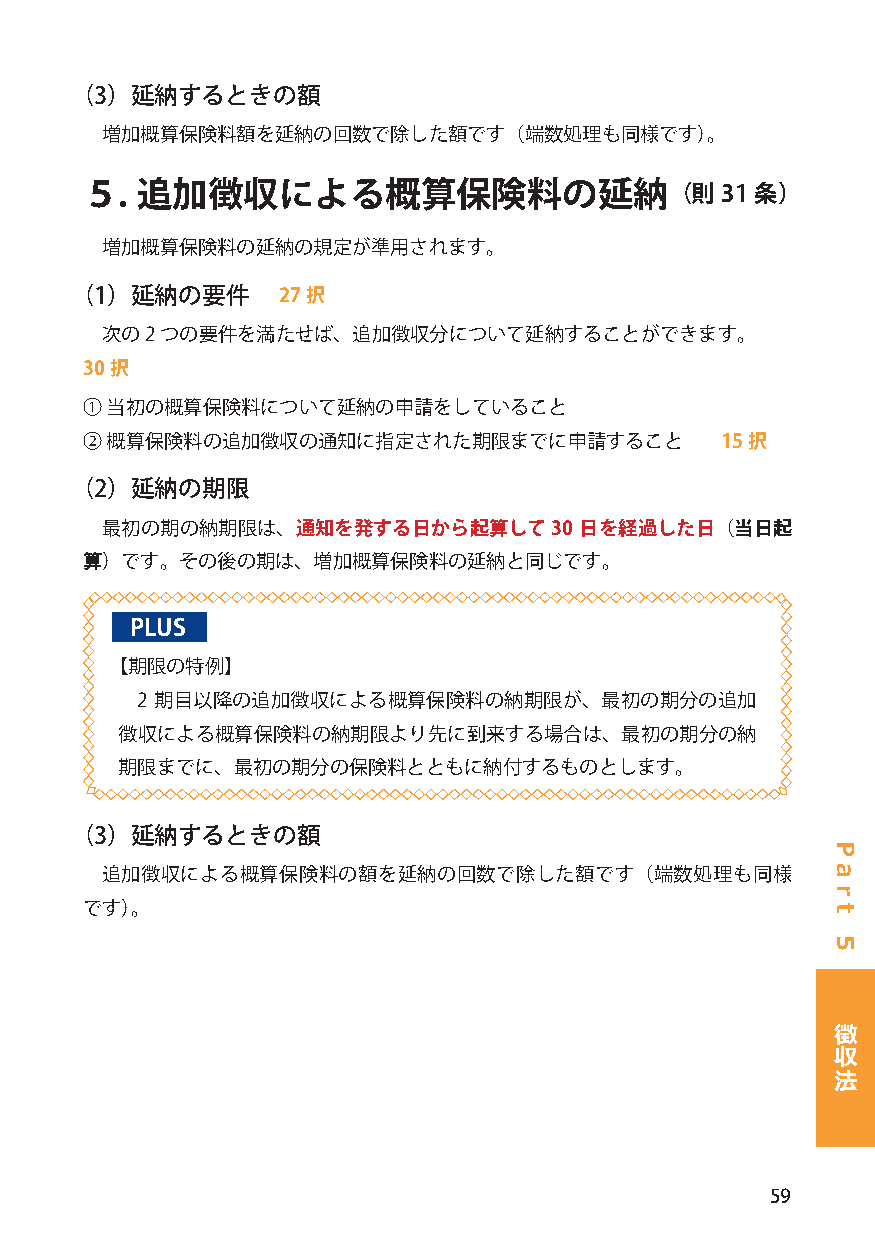
（3）延納するときの額
 増加概算保険料額を延納の回数で除した額です（端数処理も同様です）。
 ５.  追加徴収による概算保険料の延納（則31                      条）
 増加概算保険料の延納の規定が準用されます。
 （1）延納の要件     27択
 次の2 つの要件を満たせば、追加徴収分について延納することができます。
 30択
 ① 当初の概算保険料について延納の申請をしていること
 ② 概算保険料の追加徴収の通知に指定された期限までに申請すること           15択
 （2）延納の期限
 最初の期の納期限は、通知を発する日から起算して30      日を経過した日（当日起
 算）です。その後の期は、増加概算保険料の延納と同じです。
 PLUS
 【期限の特例】
 2 期目以降の追加徴収による概算保険料の納期限が、最初の期分の追加
 徴収による概算保険料の納期限より先に到来する場合は、最初の期分の納
 期限までに、最初の期分の保険料とともに納付するものとします。
 （3）延納するときの額
 追加徴収による概算保険料の額を延納の回数で除した額です（端数処理も同様
 です）。
 徴
 収
 法
 59
 P
 a
 r
 t
 5